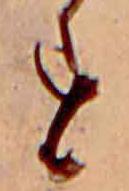
す